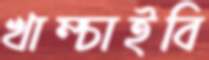
খাম্‌চাইবি